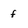
Character: f